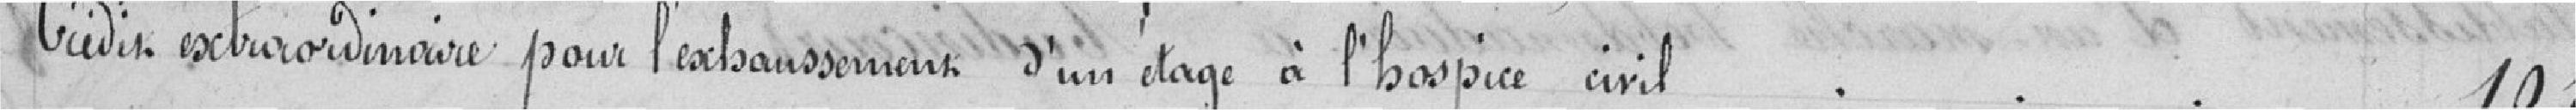
Crédit extraordinaire our l'exhaussement d'un étage à l'hôpital civil